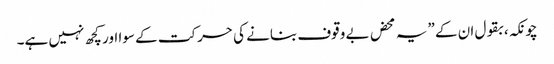
چونکہ، بقول ان کے ”یہ محض بے وقوف بنانے کی حرکت کے سوا اور کچھ نہیں ہے۔